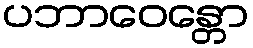
ပဘာဝေန္တော